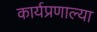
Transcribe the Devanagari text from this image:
कार्यप्रणाल्या